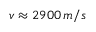
v \approx 2 9 0 0 \, m / s